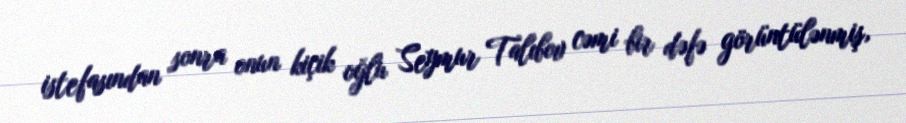
istefasından sonra onun kiçik oğlu Seymur Talıbov cəmi bir dəfə görüntülənmiş,